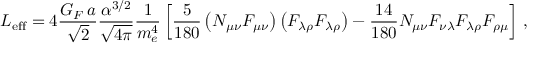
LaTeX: { \cal L } _ { \mathrm { e f f } } = 4 \frac { G _ { F } \, a } { \sqrt { \displaystyle 2 } } \frac { \alpha ^ { 3 / 2 } } { \sqrt { \displaystyle 4 \pi } } \frac { 1 } { m _ { e } ^ { 4 } } \left[ \frac { 5 } { 1 8 0 } \left( N _ { \mu \nu } F _ { \mu \nu } \right) \left( F _ { \lambda \rho } F _ { \lambda \rho } \right) - \frac { 1 4 } { 1 8 0 } N _ { \mu \nu } F _ { \nu \lambda } F _ { \lambda \rho } F _ { \rho \mu } \right] \, ,